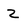
Character: Z